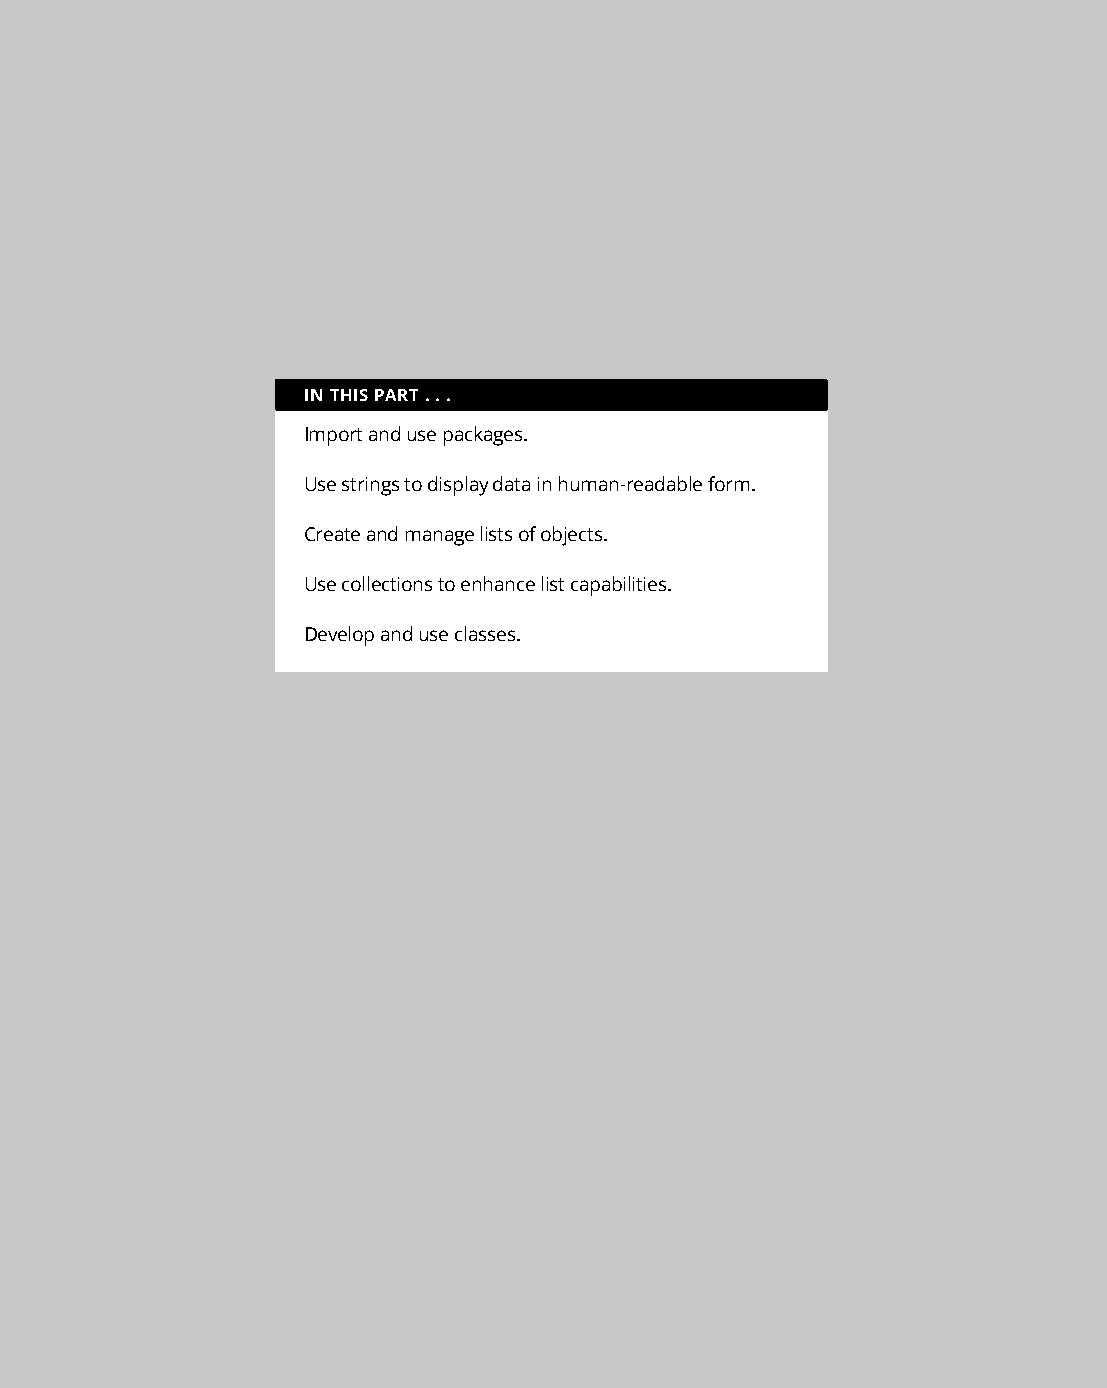
IN THIS PART . . .
 Import and use packages.
 Use strings to display data in human-readable form.
 Create and manage lists of objects.
 Use collections to enhance list capabilities.
 Develop and use classes.